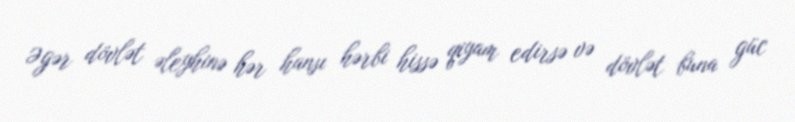
Əgər dövlət əleyhinə hər hansı hərbi hissə qiyam edirsə və dövlət buna güc